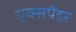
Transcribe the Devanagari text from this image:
एक्सपैंडर